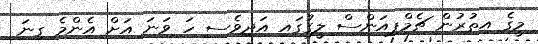
މީގެ އިތުރުން ޗެމްޕިއަންސް ލީގުގައި އަދިވެސ ހަ ވަނަ އަށް އެންމެ ގިނަ